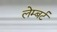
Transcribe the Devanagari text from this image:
लेम्‍बर्ट